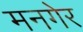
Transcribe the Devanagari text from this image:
मनगेर